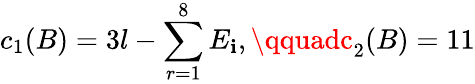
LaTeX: c_{1}(B)=3l-\sum_{r=1}^{8}E_{\mathbf{i}},\qquadc_{2}(B)=11